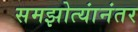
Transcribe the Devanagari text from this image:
समझोत्यांनंतर